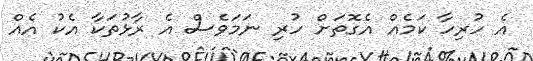
އެ ހުރިހާ ކަމެއް އެގޮތަށް ހުރި ނަމަވެސް އެ ރާޅުތަކާ އެކު އެއް